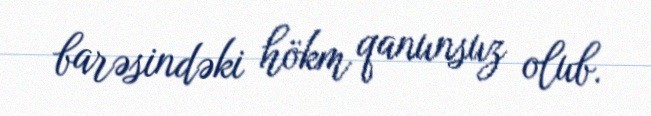
barəsindəki hökm qanunsuz olub.